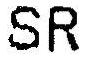
SR